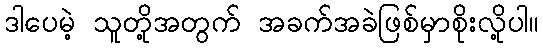
ဒါပေမဲ့ သူတို့အတွက် အခက်အခဲဖြစ်မှာစိုးလို့ပါ။